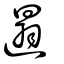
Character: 遢